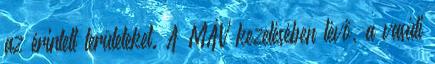
az érintett területeket. A MÁV kezelésében lévő, a vasúti